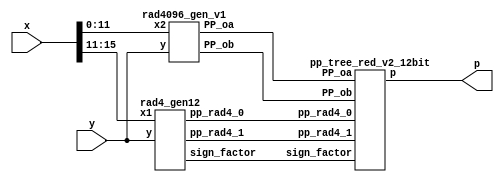
// Qx = 8, Qy = 12

module LOBOq2_12bit_1C_v2(
    input [15:0] x,
    input [15:0] y,
    output [31:0] p
    );

    // Generate pp
    
    // Radix 4 pp
    
    wire [16:0] pp_rad4_0;
    wire [16:0] pp_rad4_1;
    wire [1:0] sign_factor;
    
    rad4_gen12 gen_rad4_pp( 
        .x1(x[15:11]), .y(y),
        .pp_rad4_0(pp_rad4_0),
        .pp_rad4_1(pp_rad4_1),
        .sign_factor(sign_factor));
        
    // Radix 1024 pp 
   
    wire [14:0] PP_oa;
    wire [26:0] PP_ob;
    
    rad4096_gen_v1 gen_rad4096_pp( 
      .x2(x[11:0]),.y(y),
      .PP_oa(PP_oa),
      .PP_ob(PP_ob));
   
    // Tree
    pp_tree_red_v2_12bit wallace_tree(
        .pp_rad4_0(pp_rad4_0),
        .pp_rad4_1(pp_rad4_1),
        .PP_oa(PP_oa),
        .PP_ob(PP_ob),
        .sign_factor(sign_factor),
        .p(p));

endmodule

module rad4_gen12( x1,y,pp_rad4_0,pp_rad4_1,sign_factor);
// inputs
// y multiplicand
// x multipland 
// P1,P2,P3 partial products
input [15:0] y;
input [4:0] x1;
// output
output [16:0] pp_rad4_0;
output [16:0] pp_rad4_1;
output [1:0] sign_factor;

wire [1:0] one,two,sign;


code code0(one[0],two[0],sign[0],x1[2],x1[1], x1[0]);
code code1(one[1],two[1],sign[1],x1[4],x1[3], x1[2]);



wire [16:0] tmp1_pp; 
assign tmp1_pp = {y[15],y}; // This variable is introduced because pp has 17 bits

// first pp generation 
wire [17:0] out1;
assign out1[0] = sign[0];

genvar i;
generate
	for ( i = 0; i < 17; i = i+1 )
		begin : pp_rad4_first 
		product pp_pr(tmp1_pp[i],out1[i],one[0],two[0],sign[0],pp_rad4_0[i],out1[i+1]);
		end
endgenerate

// second pp generation 
wire[17:0] out2;
assign out2[0] = sign[1];


genvar i2;
generate
	for ( i2 = 0; i2 < 17; i2 = i2+1 )
		begin : pp_second 
		product pp_pr(tmp1_pp[i2],out2[i2],one[1],two[1],sign[1],pp_rad4_1[i2],out2[i2+1]);
		end
endgenerate


genvar i_sign;
generate
	for ( i_sign = 0; i_sign < 2; i_sign = i_sign+1 )
		begin : sgn_fac
		sgn_gen sgn_genXX(one[i_sign],two[i_sign],sign[i_sign],sign_factor[i_sign]);
		end
endgenerate

endmodule

module code(one,two,sign,y2,y1,y0);
	input y2,y1,y0;
	output one,two,sign;
	wire [1:0]k;
	xor x1(one,y0,y1);
	xor x2(k[1],y2,y1);
	not n1(k[0],one);
	and a1(two,k[0],k[1]);
	assign sign=y2;
endmodule

module product(x1,x0,one,two,sign,p,i);
	input x1,x0,sign,one,two;
	output p,i;
	wire [1:0] k;
	xor xo1(i,x1,sign);
	and a1(k[1],i,one);
	and a0(k[0],x0,two);
	or o1(p,k[1],k[0]);
endmodule

module sgn_gen(one,two,sign,sign_factor);
	input sign,one,two;
	output sign_factor;
	wire k;
	or o1(k,one,two);
	and a1(sign_factor,sign,k);
endmodule

module rad4096_gen_v1(x2,y,PP_oa,PP_ob);

// inputs
// y multiplicand
// x multipland 
// P0a -> x,P0b -> partial products
input [15:0] y;
input [11:0] x2;
// output
output [14:0] PP_oa;
output [26:0] PP_ob;


// LOD detection X
// First calculate abs(x2)
// then apply LOD

wire [11:0] abs_x2;
wire [4:0] k_x2;
wire [2:0] k_x2_enc;
wire zero_x2;


sec_complement_w12 x0_abs_gen
		(
            .data_in(x2), 
            .sign(x2[11]),
            .data_out(abs_x2) 
        );

LOD12_quant lod_x2(abs_x2,zero_x2,k_x2);

PriorityEncoder_5 PEx(k_x2,k_x2_enc);

// LOD detection Y
wire [15:0] y_abs;
wire [3:0] k_y;
wire [1:0] k_y_enc;
wire zero_y;

sec_complement_w16 y_abs_gen 
		(
            .data_in(y), 
            .sign(y[15]),
            .data_out(y_abs) 
        );	


LOD16_quant lod16_y(y_abs[15:12],zero_y,k_y);
PriorityEncoder_4 PEy(k_y,k_y_enc);


// Reset bit on k_x position of X and invert it i
wire [11:0] x20; // value after bit reset


assign x20[11:8] =  abs_x2[11:8] & (~k_x2[4:1]);
assign x20[7:1] = abs_x2[7:1];
assign x20[0] = abs_x2[0] & (~k_x2[0]);

// generation of P0a and P0b

// generation of P0a and P0b
wire prod_sign;
wire [11:0] tmp_out0;
wire [15:0] tmp_out1;

assign prod_sign = x2[11] ^ y[15];


wire [11:0] x20_signed;
wire [15:0] y_signed;

sec_complement_w12 x20_sign_gen 
		(
            .data_in(x20), 
            .sign(prod_sign),
            .data_out(tmp_out0) 
        );

		  
sec_complement_w16 y_sign_gen 
		(
            .data_in(y_abs), 
            .sign(prod_sign),
            .data_out(tmp_out1) 
        );

assign y_signed = (!zero_x2) ? tmp_out1 : 16'b0;			
assign x20_signed = (!zero_y) ? tmp_out0 : 12'b0;


Barrel27L_12_quant gen_P0b(
			  .shift_i(k_x2_enc),
             .data_i(y_signed),
             .data_o(PP_ob));
						  
Barrel15L_16 gen_P0a(
            .data_i(x20_signed),
            .shift_i(k_y_enc),
            .data_o(PP_oa));
			
endmodule 

module LOD16_quant(
    input [3:0] data_i,
    output zero_o,
    output [3:0] data_o
    );
	 
	 wire [3:0] z;
	 
	 //*****************************************
	 // Zero detection logic:
	 //*****************************************
	 assign zdet = data_i[3] | data_i[2] | data_i[1] | data_i[0];
	 assign zero_o = ~ zdet;
		 
		 
	 //*****************************************
	 // LODs:
	 //*****************************************
	 LOD4 lod4_1 (
		.data_i(data_i), 
		.data_o(data_o)
	 );
	 
	 
	 //*****************************************
	 // Multiplexers :
	 //*****************************************

endmodule


module LOD12_quant(
    input [11:0] data_i,
    output zero_o,
    output [4:0] data_o
    );
	
	 wire [3:0] tmp_in;
	 //*****************************************
     // Quantization 
     //*****************************************
	 assign tmp_in[3:1] = data_i[10:8];
	 assign tmp_in[0] =  |data_i[7:0];
	 //*****************************************
	 // Zero detection logic:
	 //*****************************************
	 assign zero_o = ~(data_i[11] | tmp_in[3] | tmp_in[2] | tmp_in[1] | tmp_in[0]);
		 
		 
	 //*****************************************
	 // LODs:
	 //*****************************************
	 LOD4 lod4_1 (
		.data_i(tmp_in), 
		.data_o(data_o[3:0])
	 );
	
	 assign data_o[4] = data_i[11];
	 
	 //*****************************************
	 // Multiplexers :
	 //*****************************************	
	 
endmodule


module LOD3(
    input [2:0] data_i,
    output [2:0] data_o
    );
	 
	 
	 wire mux0;
	 wire mux1;
	
	 
	 // multiplexers:
	 assign mux1 = (data_i[2]==1) ? 1'b0 : 1'b1;
	 assign mux0 = (data_i[1]==1) ? 1'b0 : mux1;
	 
	 //gates and IO assignments:
	 assign data_o[2] = data_i[2];
	 assign data_o[1] =(mux1 & data_i[1]);
	 assign data_o[0] =(mux0 & data_i[0]);
	 
endmodule

module LOD4(
    input [3:0] data_i,
    output [3:0] data_o
    );
	 
	 
	 wire mux0;
	 wire mux1;
	 wire mux2;
	 
	 // multiplexers:
	 assign mux2 = (data_i[3]==1) ? 1'b0 : 1'b1;
	 assign mux1 = (data_i[2]==1) ? 1'b0 : mux2;
	 assign mux0 = (data_i[1]==1) ? 1'b0 : mux1;
	 
	 //gates and IO assignments:
	 assign data_o[3] = data_i[3];
	 assign data_o[2] =(mux2 & data_i[2]);
	 assign data_o[1] =(mux1 & data_i[1]);
	 assign data_o[0] =(mux0 & data_i[0]);
	 

endmodule

module LOD2(
    input [1:0] data_i,
    output [1:0] data_o
    );
	 
	 
	 //gates and IO assignments:
	 assign data_o[1] = data_i[1];
	 assign data_o[0] =(~data_i[1] & data_i[0]);
	 

endmodule

module Muxes2in1Array4(
    input [3:0] data_i,
    input select_i,
    output [3:0] data_o
    );

	assign data_o[3] = select_i ? data_i[3] : 1'b0;
	assign data_o[2] = select_i ? data_i[2] : 1'b0;
	assign data_o[1] = select_i ? data_i[1] : 1'b0;
	assign data_o[0] = select_i ? data_i[0] : 1'b0;
	
endmodule

module PriorityEncoder_4(
    input [3:0] data_i,
    output reg [1:0] code_o
    );

	always @*
		case (data_i)
	     4'b0001 : code_o = 3'b00;
         4'b0010 : code_o = 3'b01;
         4'b0100 : code_o = 3'b10;
		 default  : code_o = 3'b11;
		endcase		
endmodule

module PriorityEncoder_5(
    input [4:0] data_i,
    output reg [2:0] code_o
    );

	  always @*
		case (data_i)
	       5'b00001 : code_o = 3'b000;
         5'b00010 : code_o = 3'b001;
         5'b00100 : code_o = 3'b010;
         5'b01000 : code_o = 3'b011;
		 default  : code_o = 3'b100;
		endcase		
	endmodule



module Barrel27L_12_quant(
    input [15:0] data_i,
    input [2:0] shift_i,
    output reg [26:0] data_o
    );
	
	wire [26:0] tmp;
   assign tmp = {{11{data_i[15]}},data_i};
  // assign tmp = {data_i};
  always @*
     case (shift_i)
        3'b000: data_o = tmp;
        3'b001: data_o = tmp << 8;
        3'b010: data_o = tmp << 9;
	    	3'b011: data_o = tmp << 10;		
        default: data_o = tmp << 11;
     endcase
endmodule

module Barrel15L_16(
    input [11:0] data_i,
    input [1:0] shift_i,
    output reg [14:0] data_o
    );
   wire [14:0] tmp;
   assign tmp = {{3{data_i[11]}},data_i};
  //assign tmp = {data_i};
   always @*
      case (shift_i)
         2'b00: data_o = tmp;
         2'b01: data_o = tmp << 1;
         2'b10: data_o = tmp << 2;
         default: data_o = tmp << 3;
      endcase


endmodule


module pp_tree_red_v2_12bit(pp_rad4_0,pp_rad4_1,PP_oa,PP_ob,sign_factor,p);
// inputs
// pp_rad4_x - Rad4
// PP_oa, PP_ob - Rad1024
input [16:0] pp_rad4_0;
input [16:0] pp_rad4_1;
input [14:0] PP_oa;
input [26:0] PP_ob;
input [1:0] sign_factor;
// output
// product p
output [31:0] p;

// generate negative MSBs
wire [3:0] E_MSB;
not n1(E_MSB[0],PP_ob[26]);
not n2(E_MSB[1],PP_oa[14]);
not n3(E_MSB[2],pp_rad4_0[16]);
not n4(E_MSB[3],pp_rad4_1[16]);


// Reduction 

// First reduction

// first group
wire [15:0] sum00_FA;
wire [15:0] carry00_FA;


wire [15:0] tmp001_FA;
wire [15:0] tmp002_FA;
wire [15:0] tmp003_FA;

assign tmp001_FA = {E_MSB[0],PP_ob[26:12]};
assign tmp002_FA = {E_MSB[1],PP_oa[14:0]};
assign tmp003_FA = {pp_rad4_0[15:0]};


genvar i001;
generate
	for (i001 = 0; i001 < 16; i001 = i001 + 1)
		begin : pp_fad00
		FAd pp_fad(tmp001_FA[i001],tmp002_FA[i001], tmp003_FA[i001], carry00_FA[i001],sum00_FA[i001]);
		end
endgenerate

wire sum00_HA;
wire carry00_HA;

assign sum00_HA = E_MSB[2];
assign carry00_HA = pp_rad4_0[16];

// Second reduction 

wire [15:0] sum10_FA;
wire [15:0] carry10_FA;

//assign tmp100_HA = {sum00_FA[2],sum00_HA[8:0]};
//assign tmp101_HA = {carry00_FA[1],carry00_HA[7:0],carry00_FA[0]};

wire[15:0] tmp100;
wire[15:0] tmp101;
wire[15:0] tmp102;

assign tmp100 = {E_MSB[2],sum00_HA,sum00_FA[15:2]};
assign tmp101 = {carry00_HA,carry00_FA[15:1]};
assign tmp102 = pp_rad4_1[15:0];

genvar i11;
generate
	for(i11 = 0; i11 < 16; i11 = i11 +1 )
		begin : pp_fad10
		FAd pp_fad(tmp100[i11],tmp101[i11],tmp102[i11],carry10_FA[i11],sum10_FA[i11]);
		end
endgenerate

wire sum10_HA;
wire carry10_HA;

assign sum10_HA = E_MSB[3];
assign carry10_HA = pp_rad4_1[16];


// CLA adder 

wire [31:0] tmp_ADD1;
wire [31:0] tmp_ADD2;

assign tmp_ADD1 = {E_MSB[3],sum10_HA, sum10_FA,sum00_FA[1:0],12'b0};
assign tmp_ADD2 = {carry10_HA, carry10_FA,sign_factor[1],carry00_FA[0],sign_factor[0],PP_ob[11:0]};

// Final product

assign p = tmp_ADD1 + tmp_ADD2;

endmodule 

//adders design
module HAd(a,b,c,s);
	input a,b;
	output c,s;
	xor x1(s,a,b);
	and a1(c,a,b);
endmodule

module FAd(a,b,c,cy,sm);
	input a,b,c;
	output cy,sm;
	wire x,y,z;
	xor x1(x,a,b);
	xor x2(sm,x,c);
	and a1(y,a,b);
	and a2(z,x,c);
	or o1(cy,y,z);
endmodule

module FA(a,b,c,cy,sm);
	input a,b,c;
	output cy,sm;
	wire x,y,z;
	xor x1(x,a,b);
	xor x2(sm,x,c);
	and a1(y,a,b);
	and a2(z,x,c);
	or o1(cy,y,z);
endmodule


module sec_complement_w12
  (
   input [11:0] data_in,
   input sign,
   output [11:0] data_out
   );
     

 
  // Create the HA Adders
  genvar  ii;
  generate
    for (ii=0; ii<12; ii=ii+1) 
      begin: pc
         //assign data_out[ii] = data_in[ii] ^ (sign & w_C[ii-1]);
           assign data_out[ii] = data_in[ii] ^ (sign);

      end
  endgenerate
 
  // Create the Generate (G) Terms:  Gi=Ai*Bi
  // Create the Propagate Terms: Pi=Ai+Bi
  // Create the Carry Terms:

 
endmodule // carry_lookahead_adder

module sec_complement_w16
  (
   input [15:0] data_in,
   input sign,
   output [15:0] data_out
   );
     

 
  // Create the HA Adders
  genvar  ii;
  generate
    for (ii=0; ii<16; ii=ii+1) 
      begin: pc
        // assign data_out[ii] = data_in[ii] ^ (sign & w_C[ii-1]);
	   assign data_out[ii] = data_in[ii] ^ (sign);

      end
  endgenerate
 
  // Create the Generate (G) Terms:  Gi=Ai*Bi
  // Create the Propagate Terms: Pi=Ai+Bi
  // Create the Carry Terms:

endmodule // carry_lookahead_adder